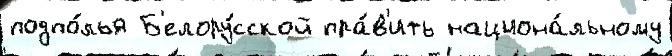
подпо́лья Б'елору́сской пра́в'ить национа́льному